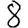
Digit: 8